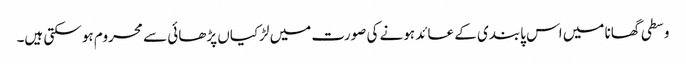
وسطی گھانا میں اس پابندی کے عائد ہونے کی صورت میں لڑکیاں پڑھائی سے محروم ہو سکتی ہیں۔